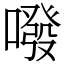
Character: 㗶